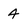
Character: 4